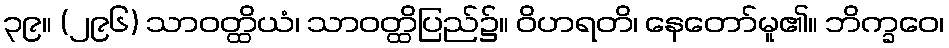
၃၉။ (၂၉၆) သာဝတ္ထိယံ၊ သာဝတ္ထိပြည်၌။ ဝိဟရတိ၊ နေတော်မူ၏။ ဘိက္ခဝေ၊